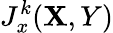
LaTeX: J_{x}^{k}(\mathbf{X},Y)